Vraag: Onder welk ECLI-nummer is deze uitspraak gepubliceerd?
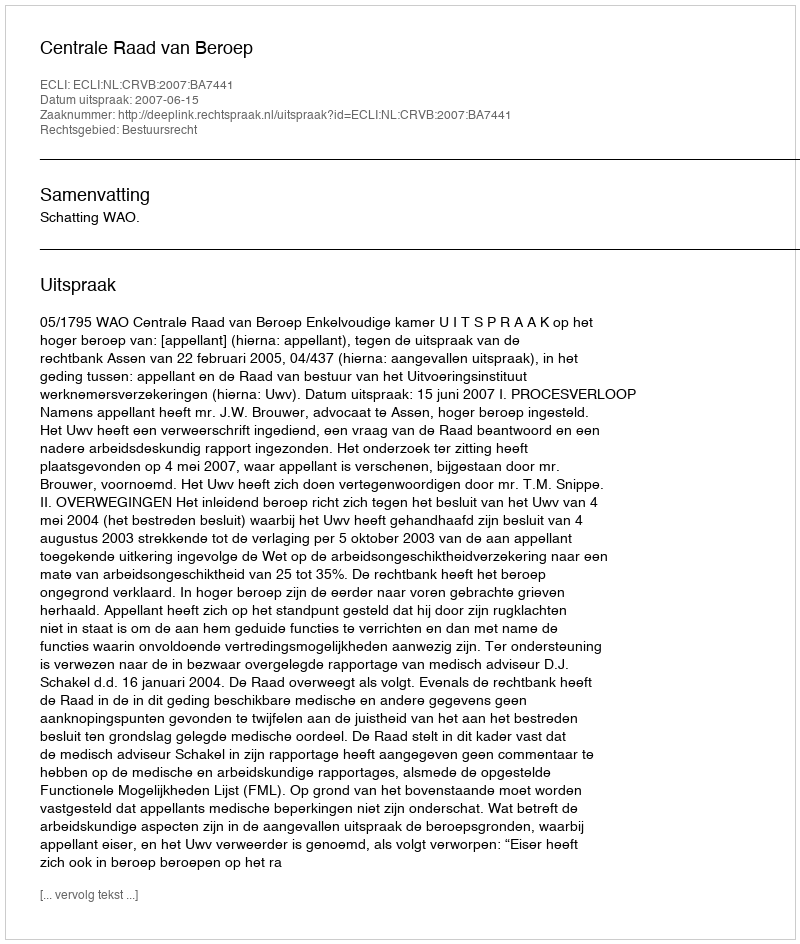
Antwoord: ECLI:NL:CRVB:2007:BA7441